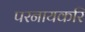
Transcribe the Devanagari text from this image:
परनायकरि